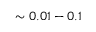
\sim 0 . 0 1 - 0 . 1